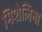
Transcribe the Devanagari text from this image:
मिशेलिना